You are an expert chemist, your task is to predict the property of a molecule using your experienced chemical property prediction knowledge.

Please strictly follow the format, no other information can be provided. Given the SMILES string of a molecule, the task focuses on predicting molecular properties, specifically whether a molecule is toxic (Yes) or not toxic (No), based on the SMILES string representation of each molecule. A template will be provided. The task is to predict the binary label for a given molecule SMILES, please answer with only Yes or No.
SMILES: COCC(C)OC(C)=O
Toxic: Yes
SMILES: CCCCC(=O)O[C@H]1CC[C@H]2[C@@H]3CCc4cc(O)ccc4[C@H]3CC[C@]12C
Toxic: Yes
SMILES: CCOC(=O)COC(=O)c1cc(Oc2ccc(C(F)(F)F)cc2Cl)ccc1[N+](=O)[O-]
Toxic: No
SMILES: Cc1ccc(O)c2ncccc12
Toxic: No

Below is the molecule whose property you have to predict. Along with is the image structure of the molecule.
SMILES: Oc1cccc(Nc2ccccc2)c1
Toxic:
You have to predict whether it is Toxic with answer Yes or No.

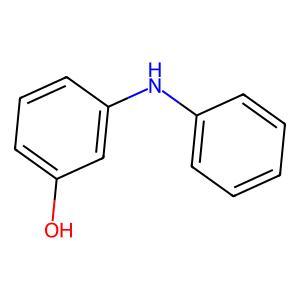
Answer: No